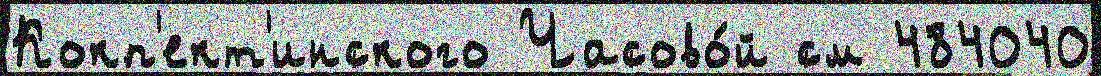
Кокп'ект'инского Часово́й см 484040